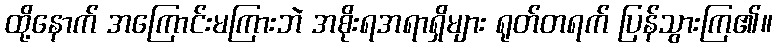
ထို့နောက် အကြောင်းမကြားဘဲ အစိုးရအရာရှိများ ရုတ်တရက် ပြန်သွားကြ၏။